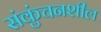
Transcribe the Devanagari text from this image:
संकुंचनशील